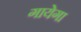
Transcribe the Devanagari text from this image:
गायेगा